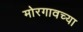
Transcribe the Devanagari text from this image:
मोरगावच्या